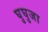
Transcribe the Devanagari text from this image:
घुघुजा